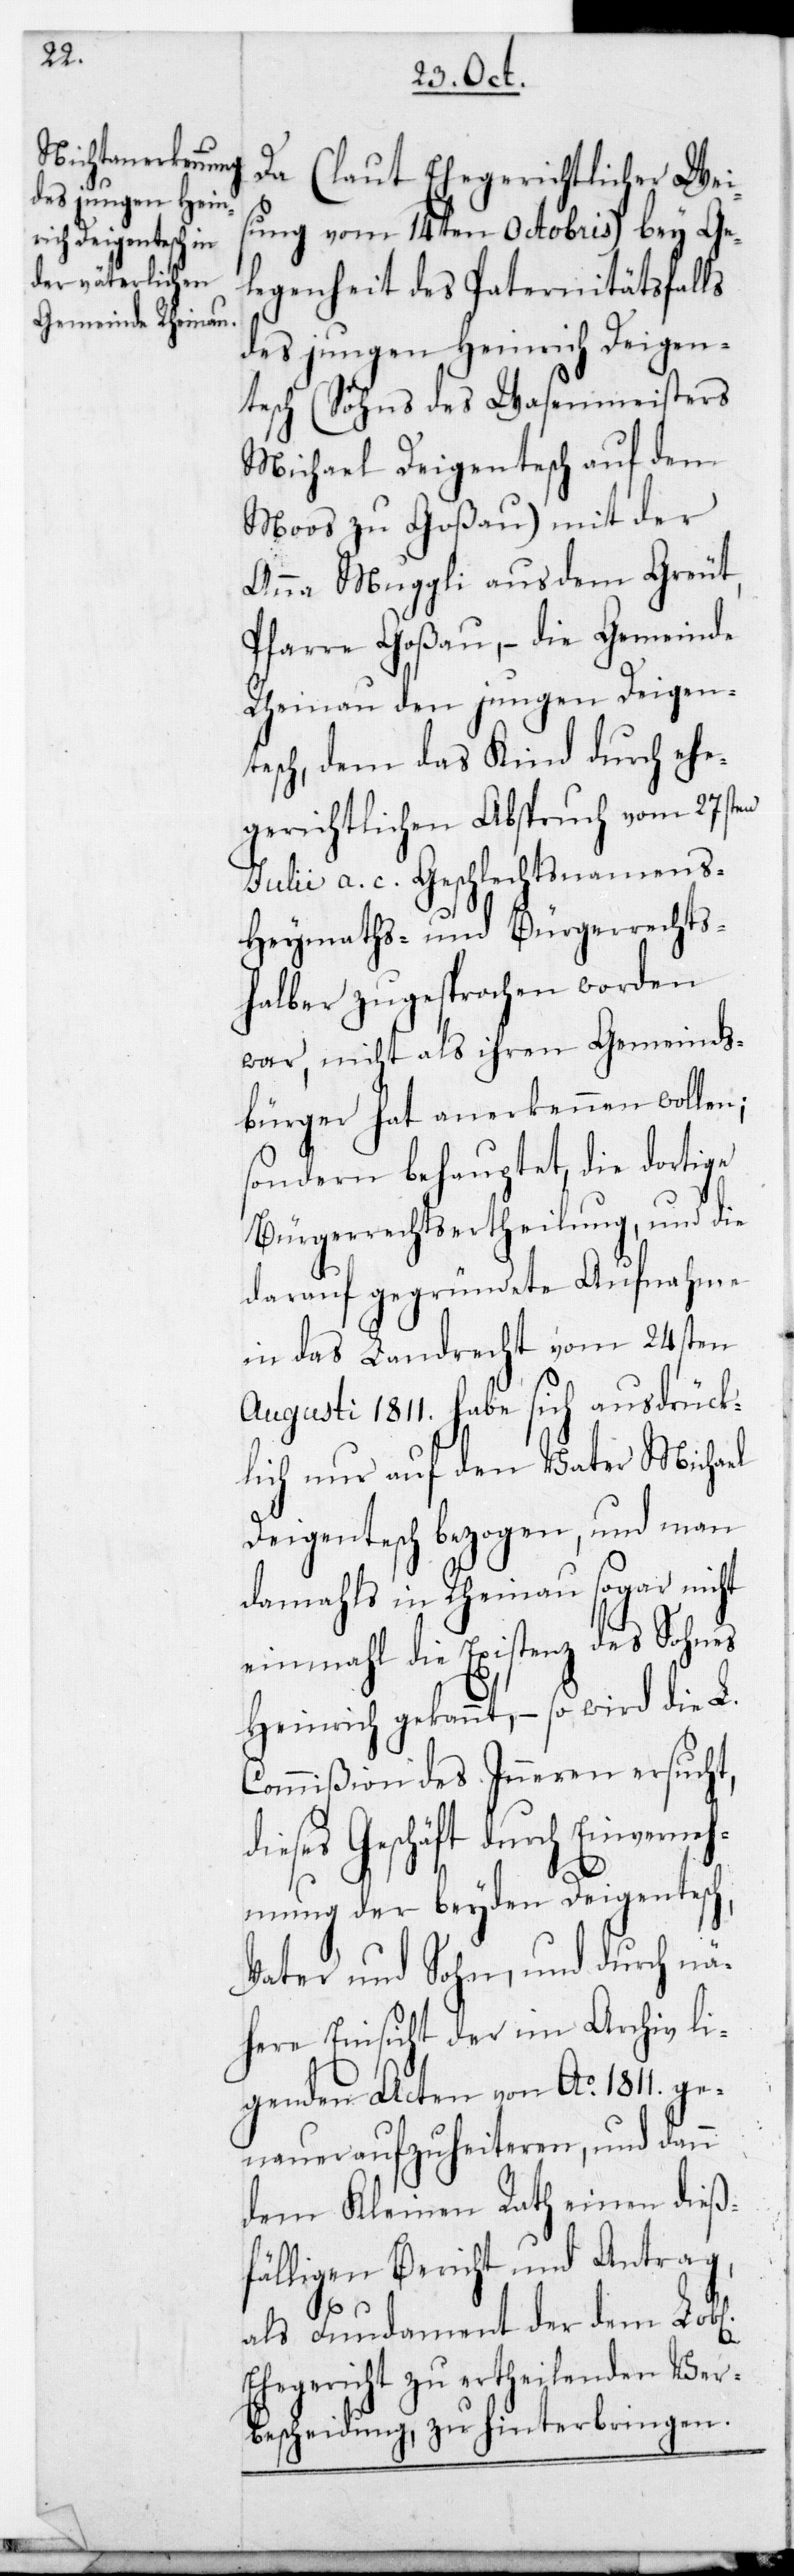
Da (laut Ehegerichtlicher Weis¬
ung vom 14ten Octobris) bey Ge¬
legenheit des Paternitätsfalls
des jungen Heinrich Deigen¬
tesch (Sohns des Wasenmeisters
Michael Deigentesch auf dem
Moos zu Goßau) mit der
Anna Muggli aus dem Greut,
Pfarre Goßau, – die Gemeinde
Rheinau den jungen Deigen¬
tesch, dem das Kind durch ehe¬
gerichtlichen Abspruch vom 27sten
Julii a. c. Geschlechtsnamens-[,]
Heymaths- und Bürgerrechts¬
halber zugesprochen worden
war, nicht als ihren Gemeinds¬
bürger hat anerkennen wollen;
sondern behauptet, die dortige
Bürgerrechtsertheilung und die
darauf gegründete Aufnahme
in das Landrecht vom 24sten
Augusti 1811. habe sich ausdrück¬
lich nur auf den Vater Michael
Deigentesch bezogen, und man
damahls in Rheinau sogar nicht
einmal die Existenz des Sohnes
Heinrich gekannt, – so wird die L.
Commißion des Inneren ersucht,
dieses Geschäft durch Einverneh¬
mung der beyden Deigentesch,
Vater und Sohn, und durch nä¬
here Einsicht der im Archiv lie¬
genden Acten von Ao 1811. ge¬
nauer aufzuheiteren, und dann
dem Kleinen Rath einen dieß¬
fälligen Bericht und Antrag,
als Fundament der dem L.
Ehegericht zu ertheilenden Ver¬
bescheidung, zu hinterbringen.